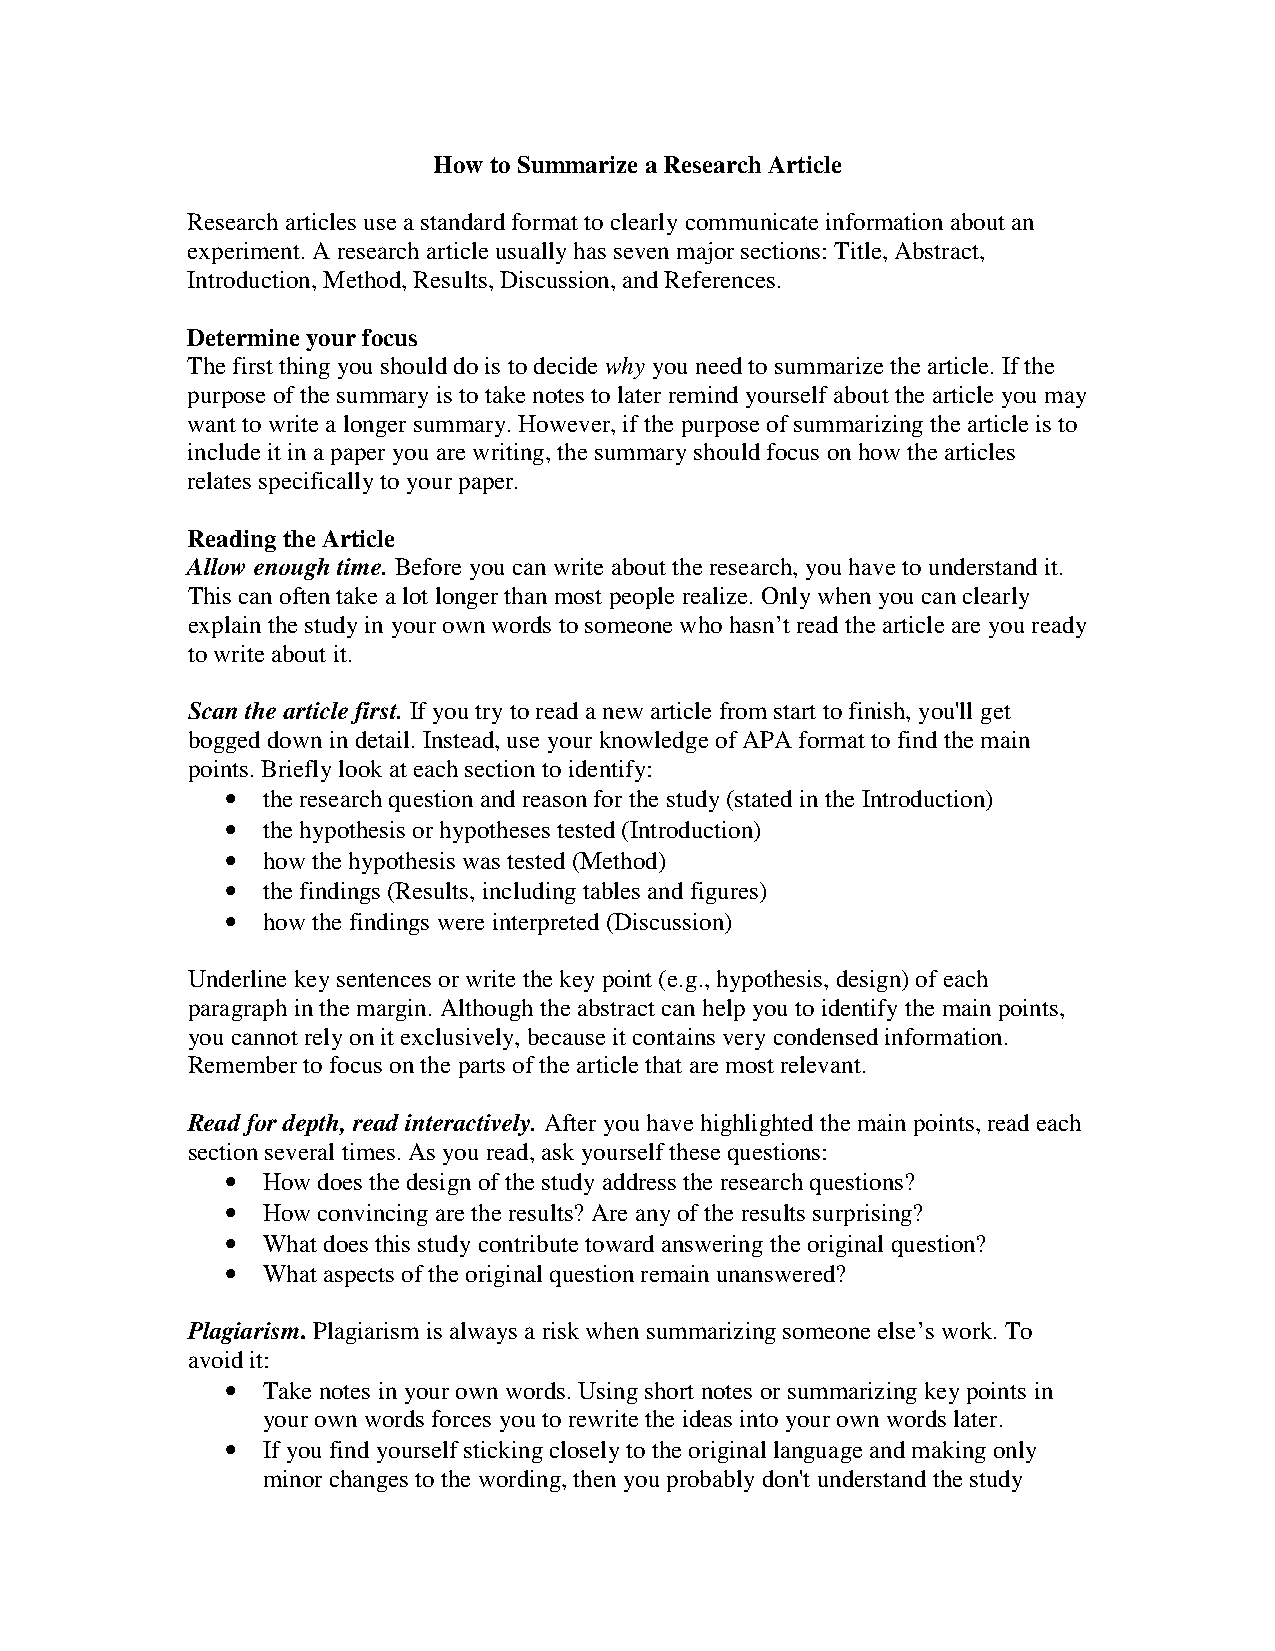
How to Summarize a Research Article
 Research articles use a standard format to clearly communicate information about an
 experiment. A research article usually has seven major sections: Title, Abstract,
 Introduction, Method, Results, Discussion, and References.
 Determine your focus
 The first thing you should do is to decide why you need to summarize the article. If the
 purpose of the summary is to take notes to later remind yourself about the article you may
 want to write a longer summary. However, if the purpose of summarizing the article is to
 include it in a paper you are writing, the summary should focus on how the articles
 relates specifically to your paper.
 Reading the Article
 Allow enough time. Before you can write about the research, you have to understand it.
 This can often take a lot longer than most people realize. Only when you can clearly
 explain the study in your own words to someone who hasn’t read the article are you ready
 to write about it.
 Scan the article first. If you try to read a new article from start to finish, you'll get
 bogged down in detail. Instead, use your knowledge of APA format to find the main
 points. Briefly look at each section to identify:
 • the research question and reason for the study (stated in the Introduction)
 • the hypothesis or hypotheses tested (Introduction)
 • how the hypothesis was tested (Method)
 • the findings (Results, including tables and figures)
 • how the findings were interpreted (Discussion)
 Underline key sentences or write the key point (e.g., hypothesis, design) of each
 paragraph in the margin. Although the abstract can help you to identify the main points,
 you cannot rely on it exclusively, because it contains very condensed information.
 Remember to focus on the parts of the article that are most relevant.
 Read for depth, read interactively. After you have highlighted the main points, read each
 section several times. As you read, ask yourself these questions:
 • How does the design of the study address the research questions?
 • How convincing are the results? Are any of the results surprising?
 • What does this study contribute toward answering the original question?
 • What aspects of the original question remain unanswered?
 Plagiarism. Plagiarism is always a risk when summarizing someone else’s work. To
 avoid it:
 • Take notes in your own words. Using short notes or summarizing key points in
 your own words forces you to rewrite the ideas into your own words later.
 • If you find yourself sticking closely to the original language and making only
 minor changes to the wording, then you probably don't understand the study